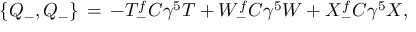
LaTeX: \{ Q _ { - } , Q _ { - } \} \, = \, - T _ { - } ^ { f } C \gamma ^ { 5 } T + W _ { - } ^ { f } C \gamma ^ { 5 } W + X _ { - } ^ { f } C \gamma ^ { 5 } X ,